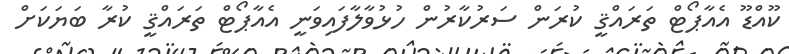
ކޫއްޑޫ އެއާޕޯޓް ތަރައްޤީ ކުރަން ސަރުކާރުން ހުޅުވާލާފައިވަނީ އެއާޕޯޓް ތަރައްޤީ ކުރާ ބަޔަކަށް